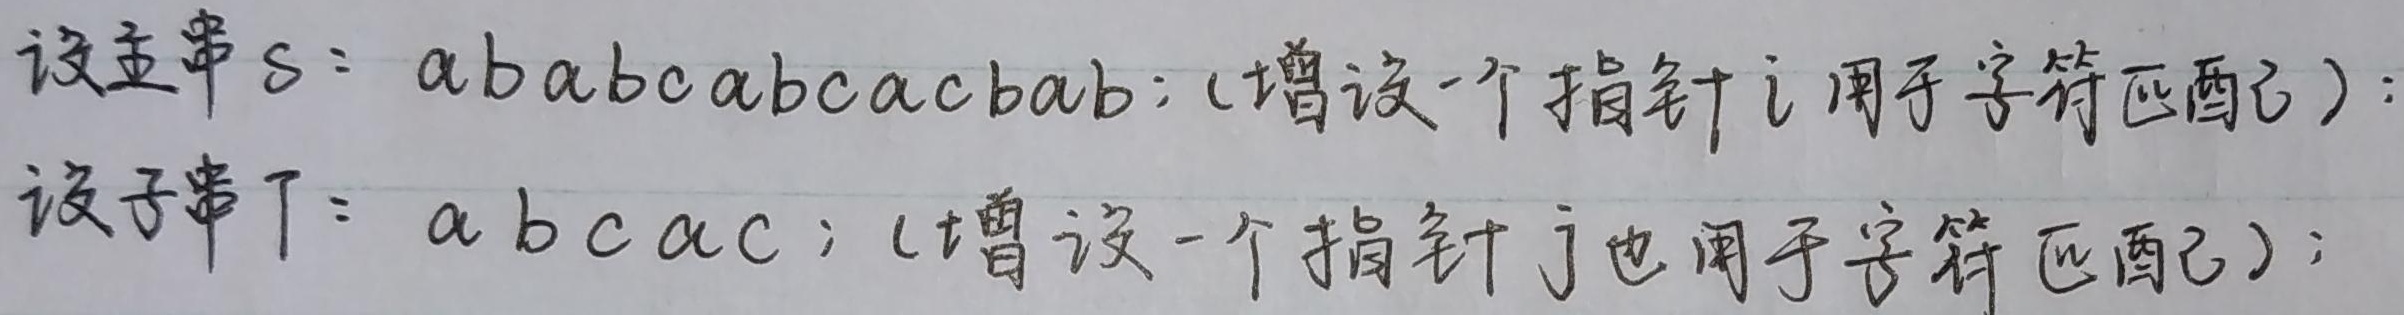
设主串$S = ababcabcacbab$; (增设一个指针$i$用于字符匹配);设子串$T = abcac$; (增设一个指针$j$也用于字符匹配);